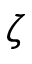
\boldsymbol { \zeta }